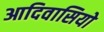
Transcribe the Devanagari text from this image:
आदिवासियो